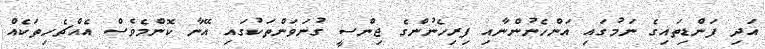
އަދި ފަންޑިތައިގެ ނަމުގައި އަންހެނުންނާއި ފިރިހެނުންގެ ޖިންސީ ގުނަވަންތަކުގައި އޭނާ ކޮންމެވެސް އެއްޗެހިތަކެއް